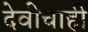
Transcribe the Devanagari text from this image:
देवीचाही